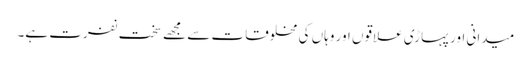
میدانی اور پہاڑی علاقوں اور وہاں کی مخلوقات سے مجھے سخت نفرت ہے۔